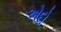
એદો